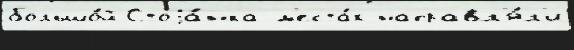
большо́й Стоjа́нка м'еста́х направл'я́л'и